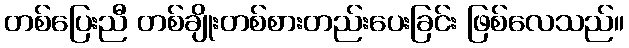
တစ်ပြေးညီ တစ်ချိုးတစ်စားတည်းပေးခြင်း ဖြစ်လေသည်။